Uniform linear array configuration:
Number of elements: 32
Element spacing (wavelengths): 0.75
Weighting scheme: exponential
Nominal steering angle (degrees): -15
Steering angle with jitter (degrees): -13.05
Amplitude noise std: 0.05
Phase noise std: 0.05

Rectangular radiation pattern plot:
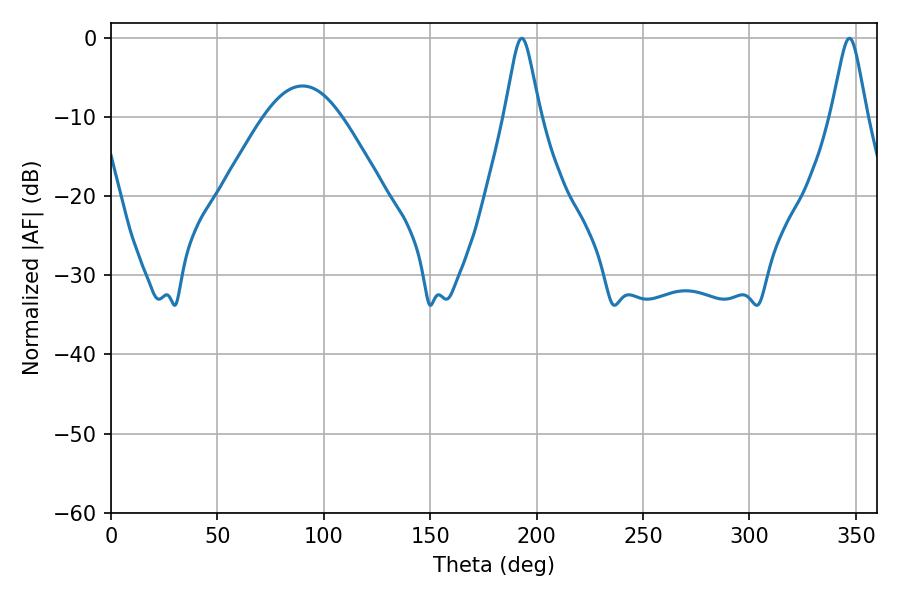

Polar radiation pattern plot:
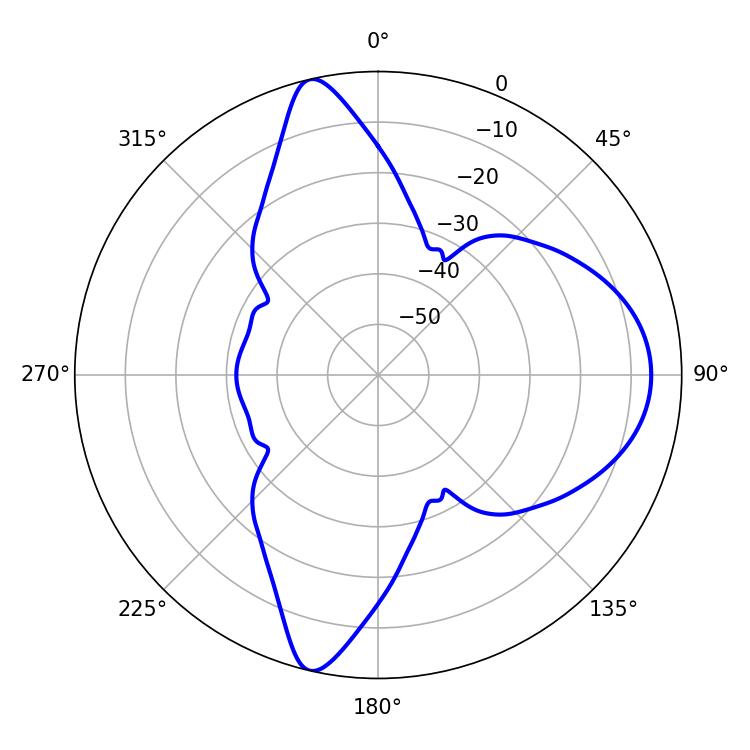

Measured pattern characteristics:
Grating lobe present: TRUE
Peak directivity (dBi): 14.481
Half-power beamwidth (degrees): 7.92
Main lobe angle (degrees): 192.96